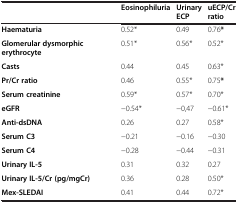
<table><thead><tr><td></td><td><b>Eosinophiluria</b></td><td><b>Urinary ECP</b></td><td><b>uECP/Cr ratio</b></td></tr></thead><tbody><tr><td><b>Haematuria</b></td><td>0.52*</td><td>0.49</td><td>0.76<b>*</b></td></tr><tr><td><b>Glomerular dysmorphic erythrocyte</b></td><td>0.51*</td><td>0.56*</td><td>0.52*</td></tr><tr><td><b>Casts</b></td><td>0.44</td><td>0.45</td><td>0.63*</td></tr><tr><td><b>Pr/Cr ratio</b></td><td>0.46</td><td>0.55*</td><td>0.75<b>*</b></td></tr><tr><td><b>Serum creatinine</b></td><td>0.59*</td><td>0.57*</td><td>0.70*</td></tr><tr><td><b>eGFR</b></td><td>−0.54*</td><td>−0,47</td><td>−0.61*</td></tr><tr><td><b>Anti-dsDNA</b></td><td>0.26</td><td>0.27</td><td>0.58*</td></tr><tr><td><b>Serum C3</b></td><td>−0.21</td><td>−0.16</td><td>−0.30</td></tr><tr><td><b>Serum C4</b></td><td>−0.28</td><td>−0.44</td><td>−0.31</td></tr><tr><td><b>Urinary IL-5</b></td><td>0.31</td><td>0.32</td><td>0.27</td></tr><tr><td><b>Urinary IL-5/Cr (pg/mgCr)</b></td><td>0.36</td><td>0.28</td><td>0.50*</td></tr><tr><td><b>Mex-SLEDAI</b></td><td>0.41</td><td>0.44</td><td>0.72*</td></tr></tbody></table>